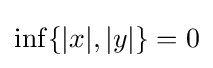
\inf\{|x|,|y|\}=0